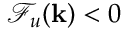
\mathcal { F } _ { u } ( { \bf k } ) < 0